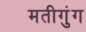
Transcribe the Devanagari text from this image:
मतीगुंग